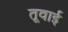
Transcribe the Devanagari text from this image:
तूवाई